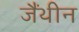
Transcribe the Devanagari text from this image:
जैंथीन